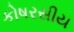
કોષરસીય